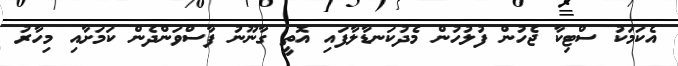
އެކަމަކު ސްޓިކާ ޖެހުން ފުލުހުން މެދުކަނޑާލާފައި އޮތީ ގާނޫނު ފާސްވަންދެން ކަމަށާއި މިހާރު